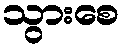
သွားစေ